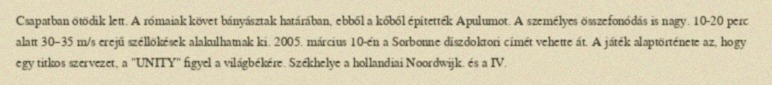
Csapatban ötödik lett. A rómaiak követ bányásztak határában, ebből a kőből építették Apulumot. A személyes összefonódás is nagy. 10-20 perc alatt 30–35 m/s erejű széllökések alakulhatnak ki. 2005. március 10-én a Sorbonne díszdoktori címét vehette át. A játék alaptörténete az, hogy egy titkos szervezet, a "UNITY" figyel a világbékére. Székhelye a hollandiai Noordwijk. és a IV.